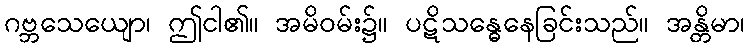
ဂဗ္ဘသေယျော၊ ဤငါ၏။ အမိဝမ်း၌။ ပဋိသန္ဓေနေခြင်းသည်။ အန္တိမာ၊